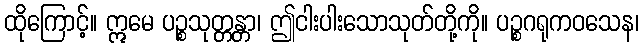
ထိုကြောင့်။ ဣမေ ပဉ္စသုတ္တန္တာ၊ ဤငါးပါးသောသုတ်တို့ကို။ ပဉ္စဂရုကဝသေန၊